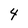
Character: 4